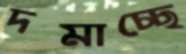
দমাচ্ছে